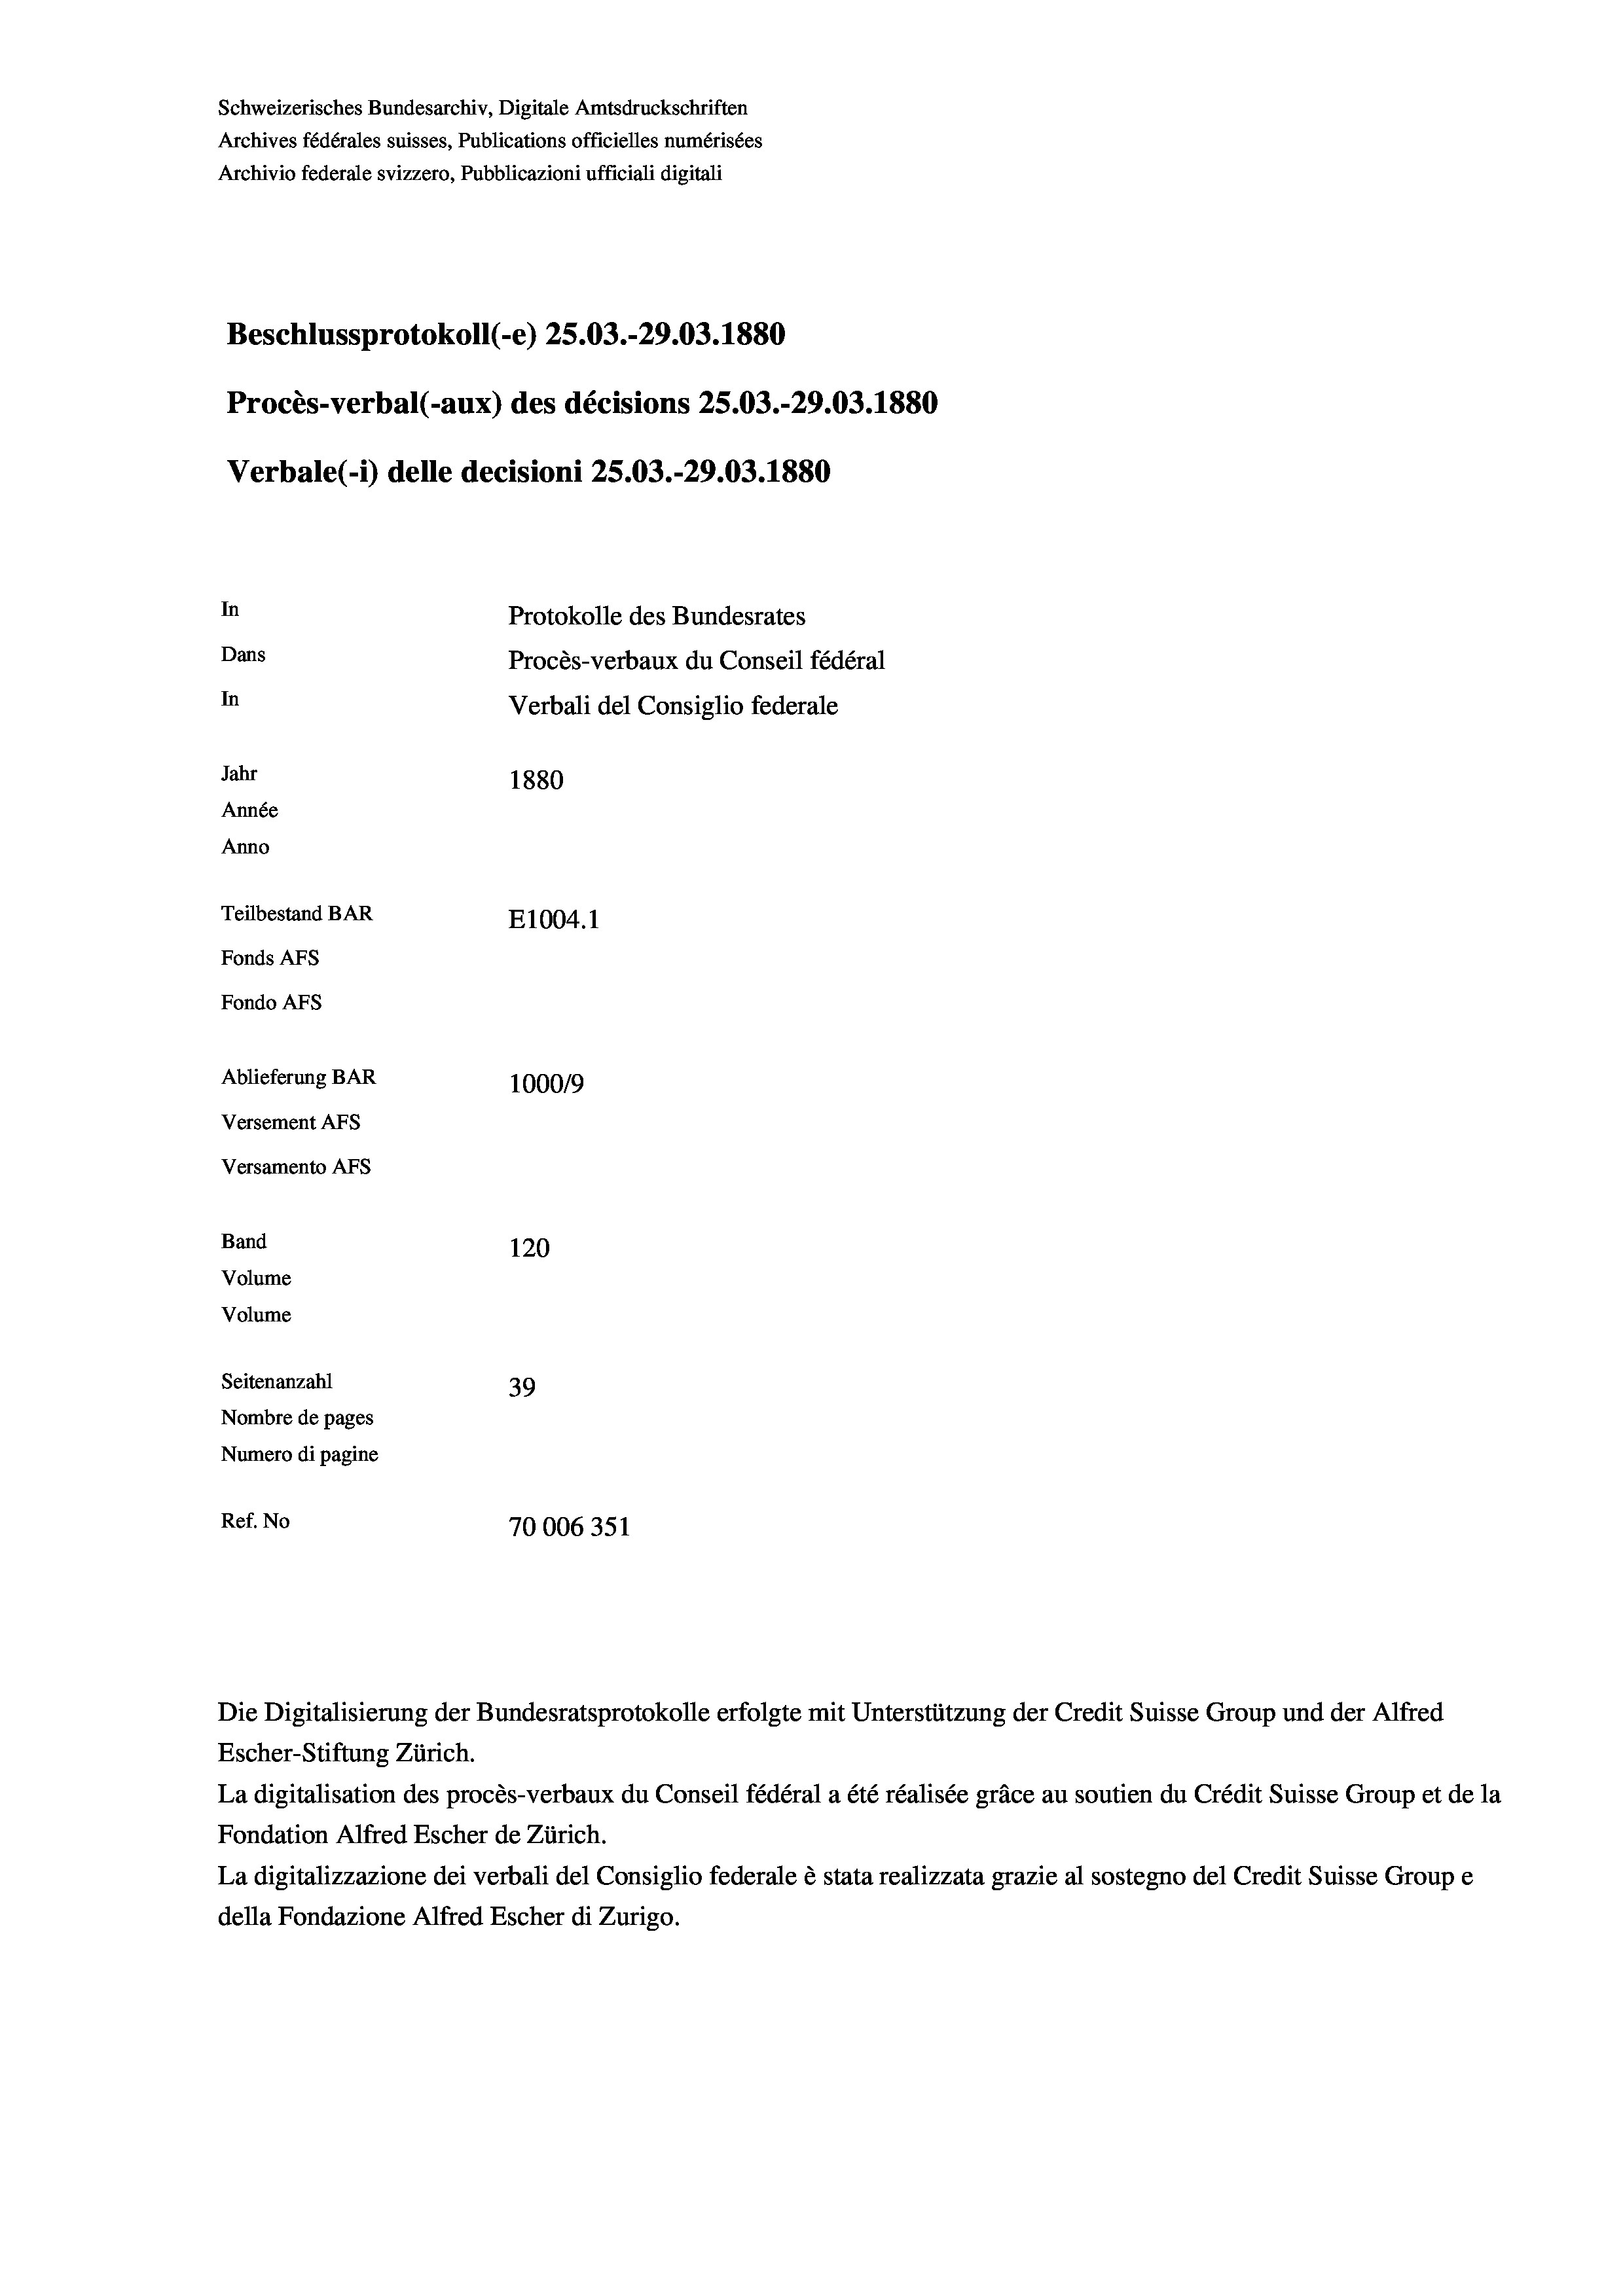
Schweizerisches Bundesarchiv, Digitale Amtsdruckschriften
Archives fédérales suisses, Publications officielles numérisées
Archivio federale svizzero, Pubblicazioni ufficiali digitali
Beschlussprotokoll (-e) 25.03.-29.03. 1880
Procès-verbal (-aux) des décisions 25.03.-29.03.1880
Verbale (i) delle decisioni 25.03.-29.03. 1880
In
Protokolle des Bundesrates
Dans
Procès-verbaux du Conseil fédéral
In
Verbali del Consiglio federale
Jahr
1880
Année
Anno
Teilbestand BAR
E1004.1
Fonds AFs
Fondo Afs
Ablieferung BAR
100019
Versement AFs
Versamento AFS
Band
120
Volume
Volume
Seitenanzahl
39
Nombre de pages
Numero di pagine
Ref. No
70006351

Die Digitalisierung der Bundesratsprotokolle erfolgte mit Unterstützung der Credit Suisse Group und der Alfred
Escher-Stiftung Zürich.
La digitalisation des procès-verbaux du Conseil fédéral a été réalisée gräce au soutien du Crédit Suisse Group et de la
Fondation Alfred Escher de Zürich.
La digitalizzazione dei verbali del Consiglio federale è stata realizzata grazie al sostegno del Credit Suisse Groupe
della Fondazione Alfred Escher di Zurigo.